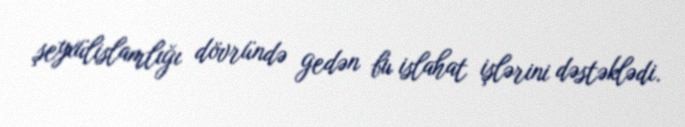
şeyxülislamlığı dövründə gedən bu islahat işlərini dəstəklədi.